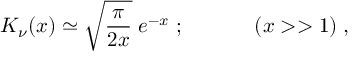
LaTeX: K _ { \nu } ( x ) \simeq \sqrt { \frac { \pi } { 2 x } } \; e ^ { - x } \; ; \; \; \; \; \; \; \; \; \; \; \; \; ( x > > 1 ) \; ,